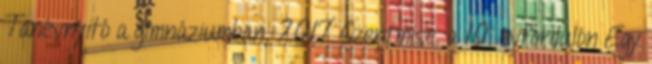
Tanévnyitó a gimnáziumban, 2017 Szentmise, a 10. évfordulón Egy